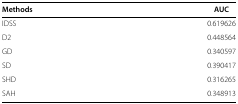
<table><thead><tr><td><b> </b></td><td><b> </b></td></tr><tr><td><b>Methods</b></td><td><b>AUC</b></td></tr></thead><tbody><tr><td>IDSS</td><td>0.619626</td></tr><tr><td>D2</td><td>0.448564</td></tr><tr><td>GD</td><td>0.340597</td></tr><tr><td>SD</td><td>0.390417</td></tr><tr><td>SHD</td><td>0.316265</td></tr><tr><td>SAH</td><td>0.348913</td></tr></tbody></table>